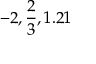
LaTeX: - 2 , { \frac { 2 } { 3 } } , 1 . 2 1